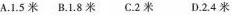
A.1.5米B.1.8米C.2米D.2.4米